Code of medical and sanitary regulations for the guidance of medical officers serving in the Madras Presidency - Volume I
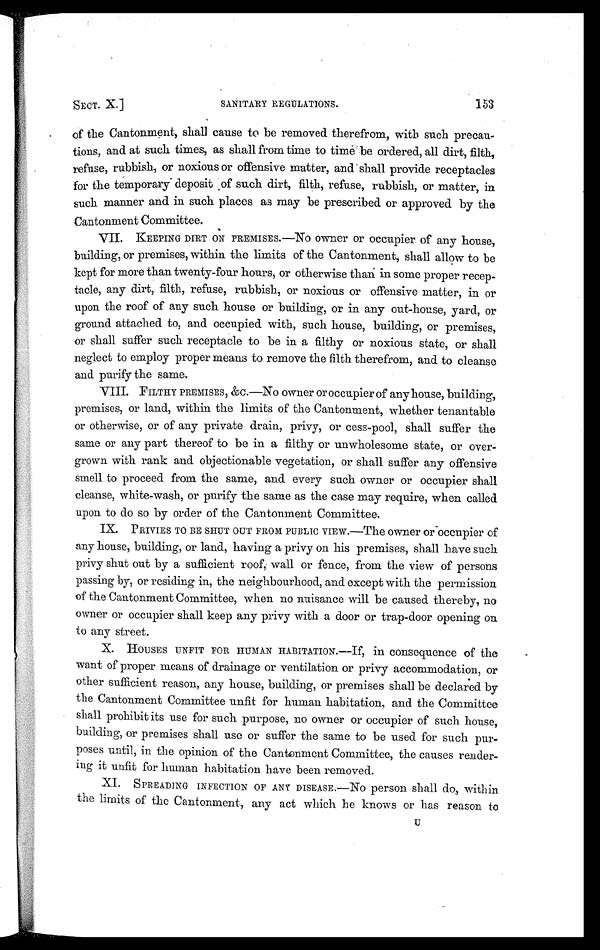
SECT. X.]
SANITARY REGULATIONS.
153
of the Cantonment, shall cause to be removed therefrom, with such precau
-tions, and at such times, as shall from time to time be ordered, all dirt, filth,
refuse, rubbish, or noxious or offensive matter, and shall provide receptacles
for the temporary deposit of such dirt, filth, refuse, rubbish, or matter, in
such manner and in such places as may be prescribed or approved by the
Cantonment Committee.
VII. KEEPING DIRT ON PREMISES.—NO owner or occupier of any house,
building, or premises, within the limits of the Cantonment, shall allow to be
kept for more than twenty-four hours, or otherwise than in some proper recep-
tacle, any dirt, filth, refuse, rubbish, or noxious or offensive matter, in or
upon the roof of any such house or building, or in any out-house, yard, or
ground attached to, and occupied with, such house, building, or premises,
or shall suffer such receptacle to be in a filthy or noxious state, or shall
neglect to employ proper means to remove the filth therefrom, and to cleanse
and purify the same.
VIII. FILTHY PREMISES, &c.—No owner or occupier of any house, building,
premises, or land, within the limits of the Cantonment, whether tenantable
or otherwise, or of any private drain, privy, or cess-pool, shall suffer the
same or any part thereof to be in a filthy or unwholesome state, or over-
grown with rank and objectionable vegetation, or shall suffer any offensive
smell to proceed from the same, and every such owner or occupier shall
cleanse, white-wash, or purify the same as the case may require, when called
upon to do so by order of the Cantonment Committee.
IX. PRIVIES TO BE SHUT OUT FROM PUBLIC VIEW.—The owner or occupier of
any house, building, or laud, having a privy on his premises, shall have such
privy shut out by a sufficient roof, wall or fence, from the view of persons
passing by, or residing in, the neighbourhood, and except with the permission
of the Cantonment Committee, when no nuisance will be caused thereby, no
owner or occupier shall keep any privy with a door or trap-door opening on
to any street.
X. HOUSES UNFIT FOR HUMAN HABITATION.—If, in consequence of the
want of proper means of drainage or ventilation or privy accommodation, or
other sufficient reason, any house, building, or premises shall be declared by
the Cantonment Committee unfit for human habitation, and the Committee
shall prohibit its use for such purpose, no owner or occupier of such house,
building, or premises shall use or suffer the same to be used for such pur-
poses until, in the opinion of the Cantonment Committee, the causes render-
ing it unfit for human habitation have been removed.
XI. SPREADING INFECTION OF ANY DISEASE.—NO person shall do, within
the limits of the Cantonment, any act which he knows or has reason to
XII.
U